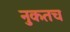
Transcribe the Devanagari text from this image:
नुकतच